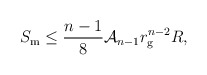
\begin{align*}S_{\rm m} \leq \frac{n-1}{8} {\cal A}_{n-1} r_{\rm g}^{n-2} R,\end{align*}